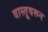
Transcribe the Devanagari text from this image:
वास्तूवरून